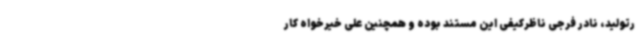
رتولید، نادر فرجی ناظرکیفی این مستند بوده و همچنین علی خیرخواه کار